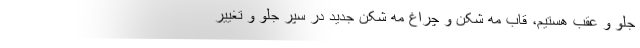
جلو و عقب هستیم، قاب مه شکن و چراغ مه شکن جدید در سپر جلو و تغییر